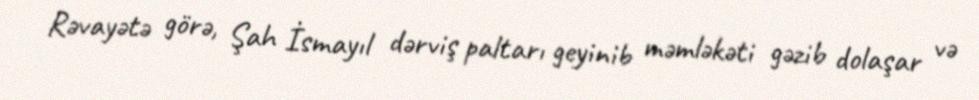
Rəvayətə görə, Şah İsmayıl dərviş paltarı geyinib məmləkəti gəzib dolaşar və